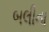
બલીના